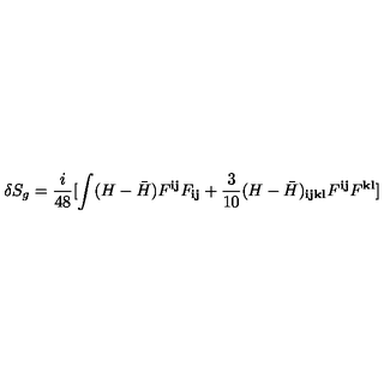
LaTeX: \delta S _ { g } = \frac { i } { 4 8 } [ \int ( H - { \bar { H } } ) F ^ { { \mathbf i } { \mathbf j } } F _ { { \mathbf i } { \mathbf j } } + \frac { 3 } { 1 0 } ( H - { \bar { H } } ) _ { { \mathbf i } { \mathbf j } { \mathbf k } { \mathbf l } } F ^ { { \mathbf i } { \mathbf j } } F ^ { { \mathbf k } { \mathbf l } } ]